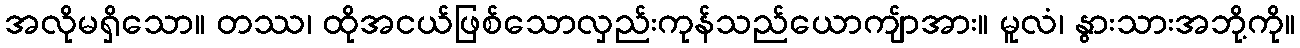
အလိုမရှိသော။ တဿ၊ ထိုအငယ်ဖြစ်သောလှည်းကုန်သည်ယောကျ်ာအား။ မူလံ၊ နွားသားအဘို့ကို။